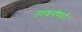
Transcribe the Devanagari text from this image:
ततश्चर्मणवती